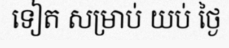
ទៀត សម្រាប់ យប់ ថ្ងៃ